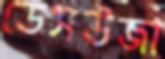
ডেসউজা